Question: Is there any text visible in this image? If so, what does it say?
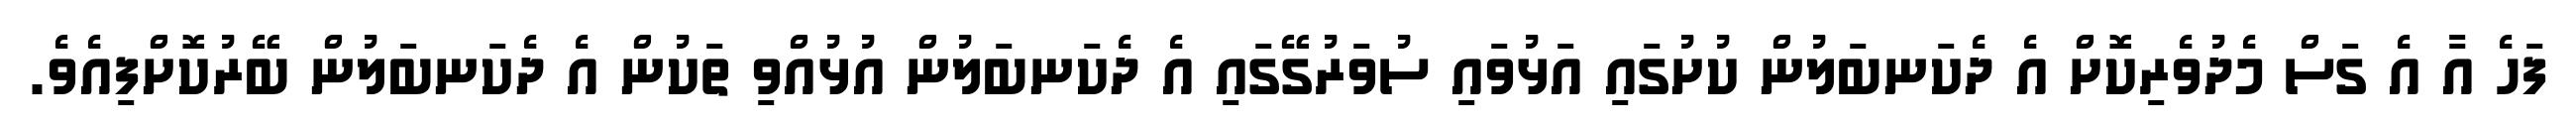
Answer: ފަހެ އާ އެ ގަސް މެދުވެރިކޮށް އެ ދެކަނބަލުން ކުށުގައި އަޅުވައި ސުވަރުގޭގައި އެ ދެކަނބަލުން އުޅުއްވި ތަކުން އެ ދެކަނބަލުން ބޭރުކޮށްފިއެވެ.